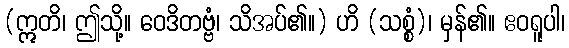
(ဣတိ၊ ဤသို့။ ဝေဒိတဗ္ဗံ၊ သိအပ်၏။) ဟိ (သစ္စံ)၊ မှန်၏။ ဧဝရူပါ၊